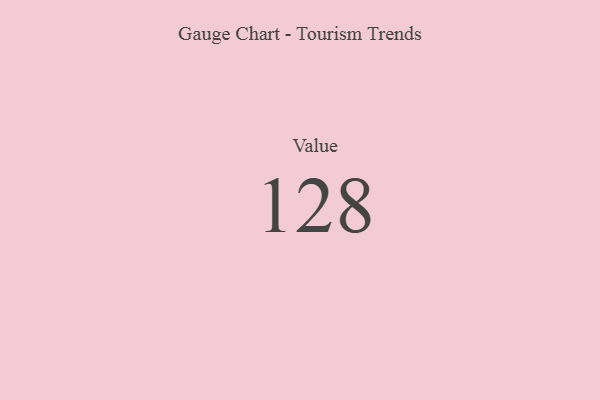
{"axis": {"x": "Metric", "y": "Value"}, "legend": [""], "data": [{"x": "Value", "y": 128, "type": ""}]}